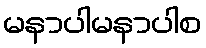
မနာပါမနာပါစ